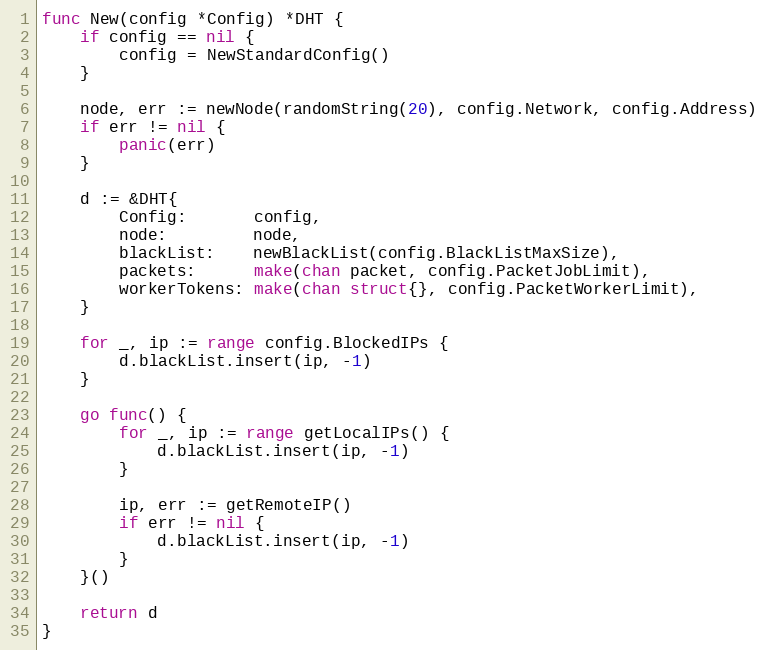
Language: Go
func New(config *Config) *DHT {
	if config == nil {
		config = NewStandardConfig()
	}

	node, err := newNode(randomString(20), config.Network, config.Address)
	if err != nil {
		panic(err)
	}

	d := &DHT{
		Config:       config,
		node:         node,
		blackList:    newBlackList(config.BlackListMaxSize),
		packets:      make(chan packet, config.PacketJobLimit),
		workerTokens: make(chan struct{}, config.PacketWorkerLimit),
	}

	for _, ip := range config.BlockedIPs {
		d.blackList.insert(ip, -1)
	}

	go func() {
		for _, ip := range getLocalIPs() {
			d.blackList.insert(ip, -1)
		}

		ip, err := getRemoteIP()
		if err != nil {
			d.blackList.insert(ip, -1)
		}
	}()

	return d
}